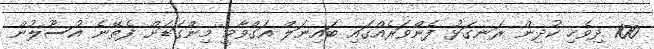
100 ދިވެހި ކުދިން ރަނގަޅު ފެންވަރެއްގައި ބައިނަލް އަގްވާމީ މިންގަޑަށް ފެތޭނެ އުސޫލުން